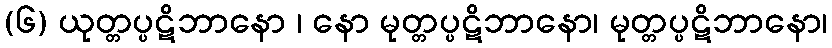
(၆) ယုတ္တပ္ပဋိဘာနော ၊ နော မုတ္တပ္ပဋိဘာနော၊ မုတ္တပ္ပဋိဘာနော၊